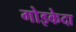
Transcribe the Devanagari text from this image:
गोइकेदा